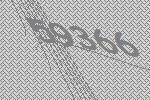
59366